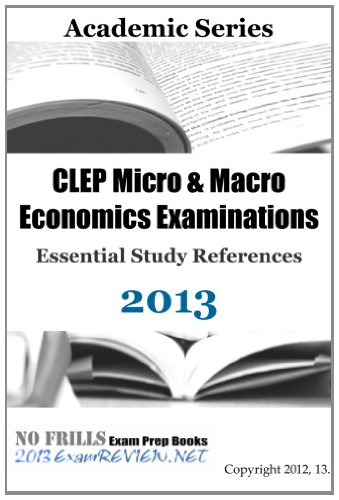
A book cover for CLEP Micro & Macro Economics Examinations Essential Study References 2013; ExamREVIEW; Test Preparation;